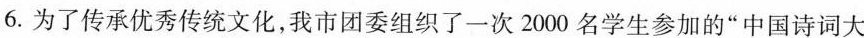
6.为了传承优秀传统文化，我市团委组织了一次2000名学生参加的”中国诗词大